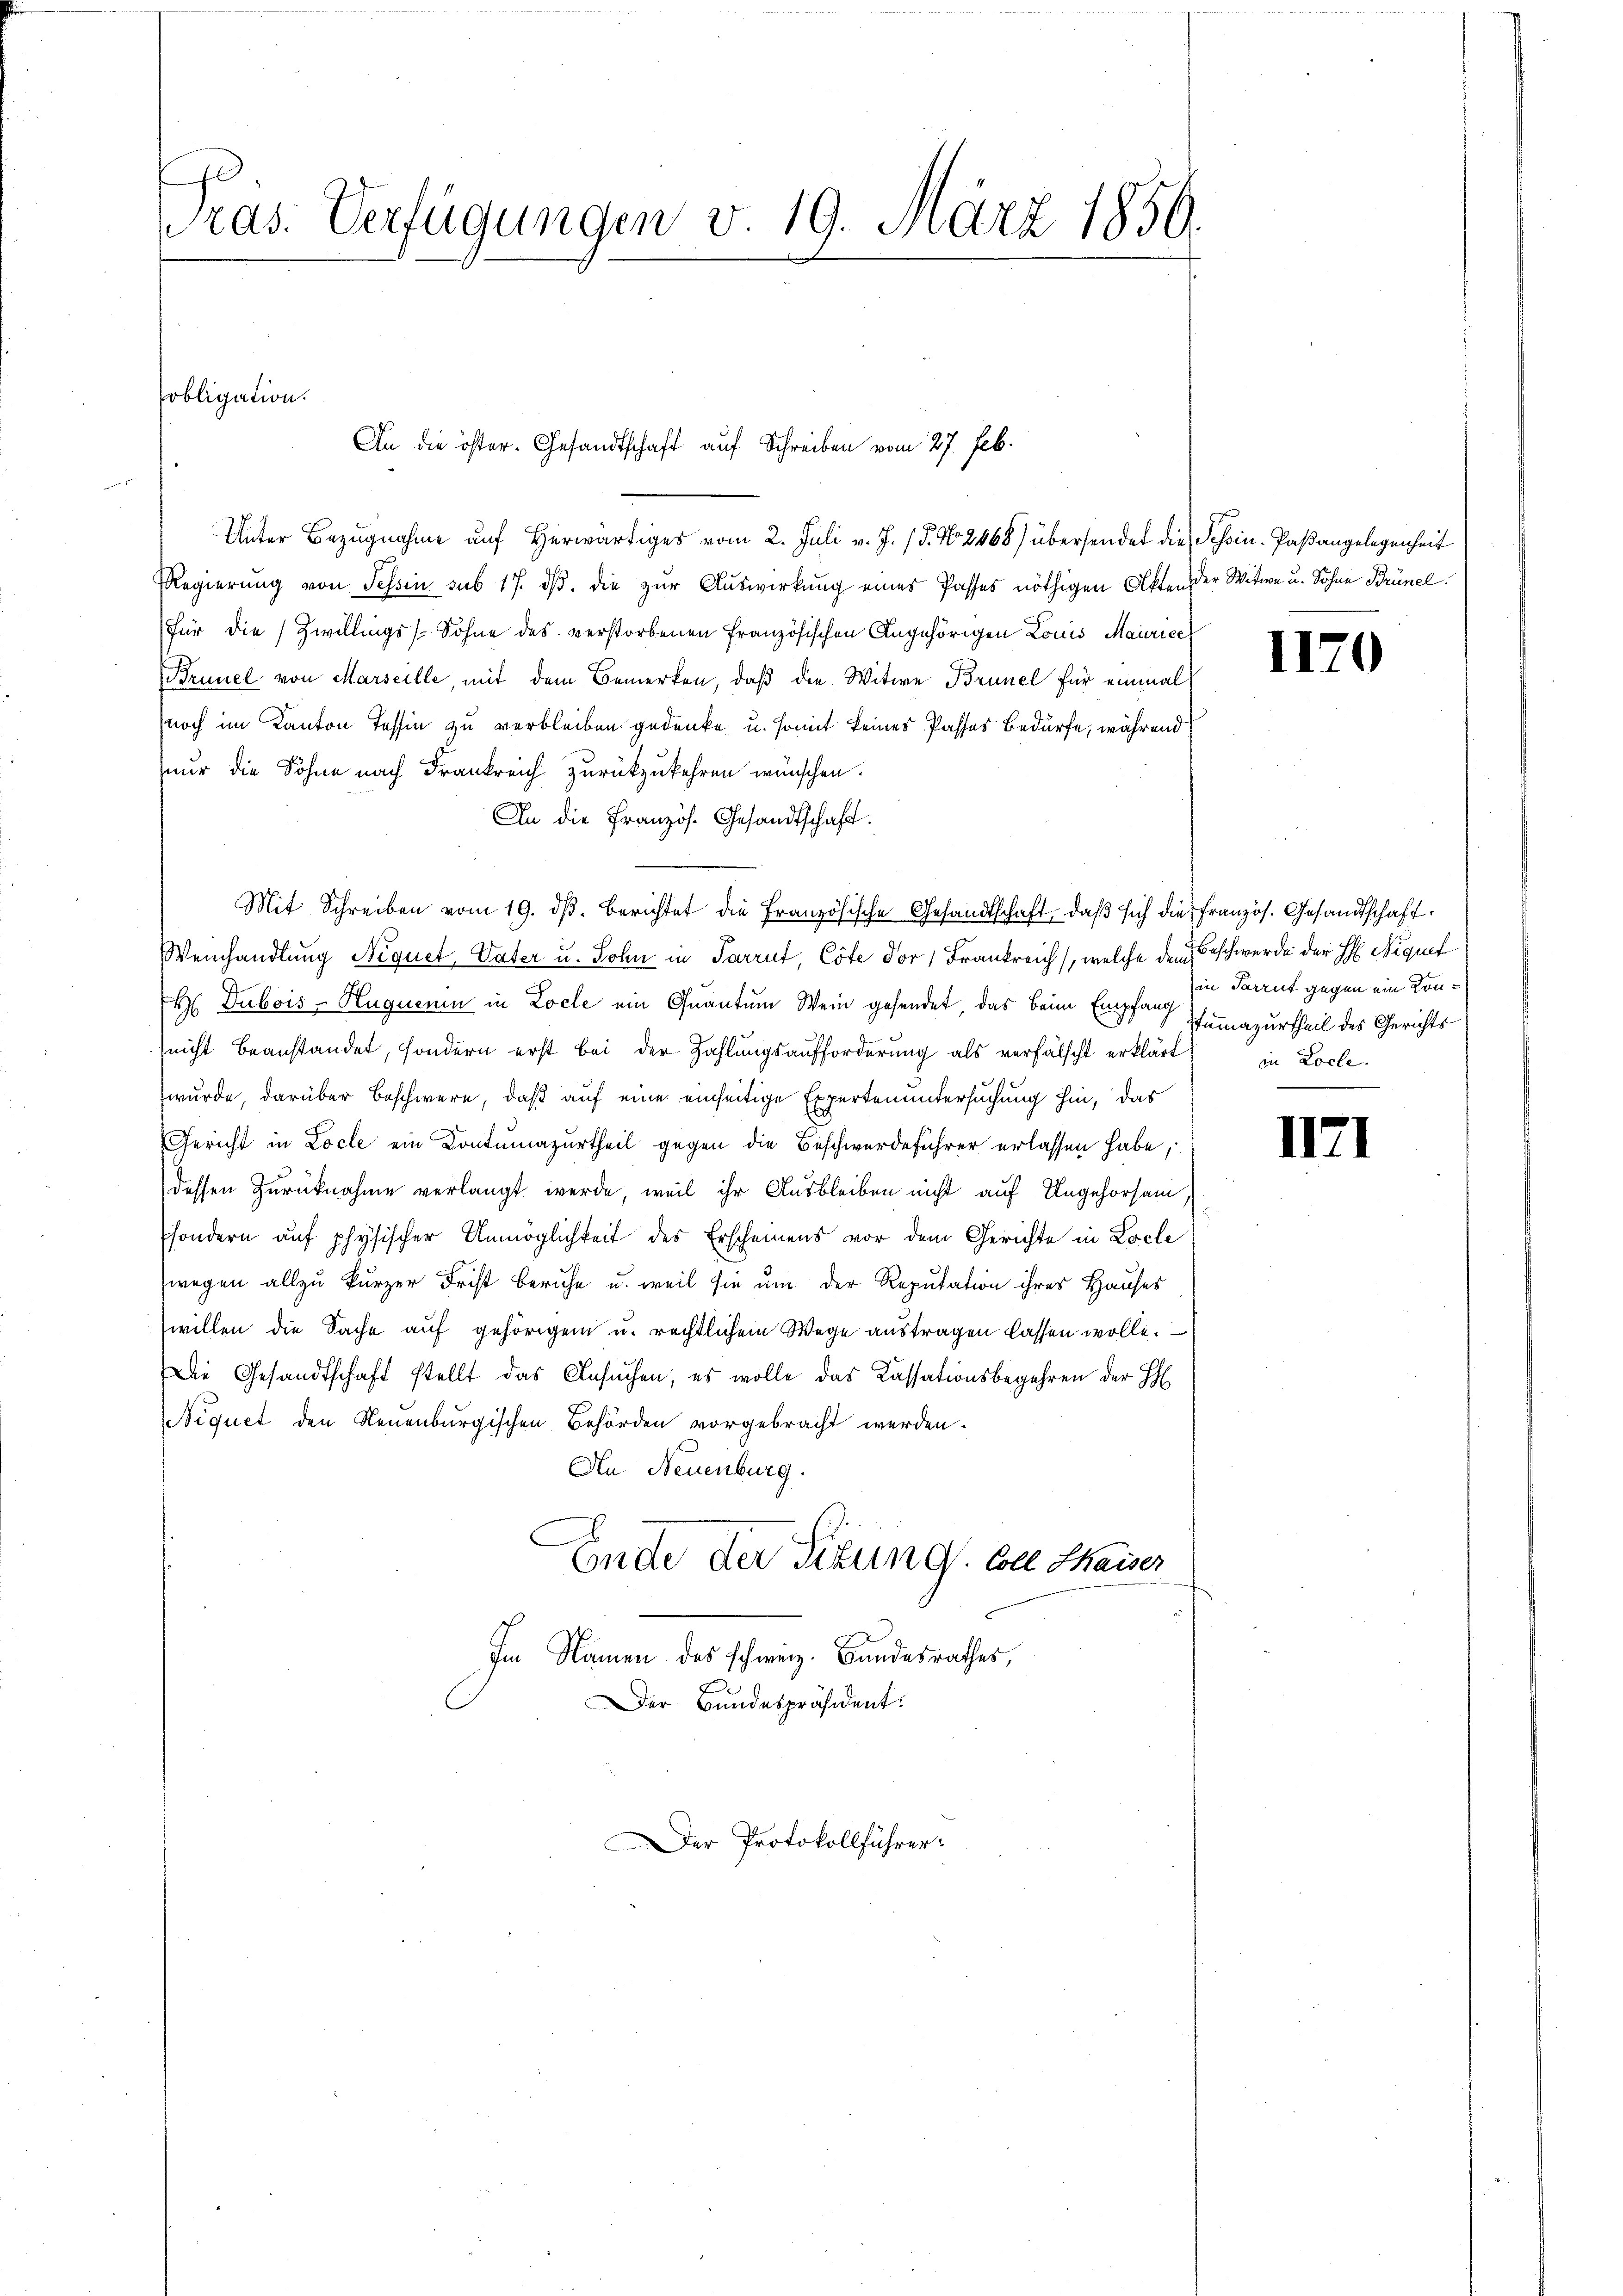
s
ras. Verfügungen v. 19. März 1856.

obligation.
An die öster. Gesandtschaft auf Schreiben vom 27. Feb.

Unter Bezugnahme auf herwärtiges vom 2. Juli v. J. P. No 21468) übersendet die Schin- Paßangelegenheit
Regierung von Tessin sub 17. ds. die zur Auswirkung eines Passes nöthigen Akten der Witwe u. Sohne Brünel.
für die Zwillings Sohne des verstorbenen Französischen Angehörigen Louis Maurice
Brunel von Marseille, mit dem Bemerken, daß die Witwe Brunel für einmal
noch im Kanton Tessin zu verbleiben gedenke, u. somit keines Passes Bedürfe, während
nur die Sohne nach Frankreich zurückzukehren wünschen.
An die Französ. Gesandtschaft.
Mit Schreiben vom 19. dβ. berichtet die Französische Gesandtschaft, daβ sich die Französ. Gesandtschaft
Weinhandlung Niquet, Vater u. Sohn in Parrut, Cote der Frankreich, welche den Beschwerde der H. Niquet
H Dubois - Huguenin in Locle ein Quantum Wein gesendet, das beim Empfang mazurtheil des Gerichts
nicht beanstandet, sondern erst bei der Zahlŭngsaufforderŭng als verfälscht erklärt, in Loche
wurde, darüber beschwere, daß auf eine einseitige Expertenuntersuchung hin, das
Gericht in Locle ein Contumazurtheil gegen die Beschwerdeführer erlassen habe,
dessen Zurücknahme verlangt werde, weil ihr Ausbleiben nicht auf Ungehorsam,
sondern auf physischer Unmöglichkeit des Erscheinens vor dem Gerichte in Locle
wegen allzu kurzer Frist beruhe u. weil sie um der Reputation ihres Hauses
willen die Sache auf gehörigen u. rechtlichem Wege austragen lassen wolle.
Die Gesandtschaft stellt das Ansuchen, es wolle das Cassationsbegehren der H
Niquet den Neuenburgischen Behörden vorgebracht werden.
An Neuenburg.
Ende der Situng. Colle Maiser
Im Namen des schweiz. Bandesrathes,
Der Bundespräsident.

Der Protokollführer

1170

in Parrut gegen ein Kon¬

II.